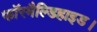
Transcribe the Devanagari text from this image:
फॉरमैल्डिहाइड।